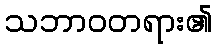
သဘာဝတရား၏